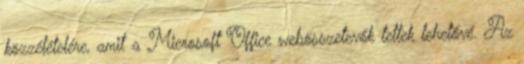
közzétételére, amit a Microsoft Office webösszetevők tettek lehetővé. Az